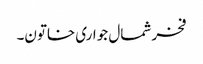
فخر شمال جواری خاتون۔